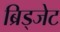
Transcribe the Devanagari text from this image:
ब्रिड्जेट